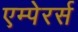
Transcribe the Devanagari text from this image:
एम्पेरर्स